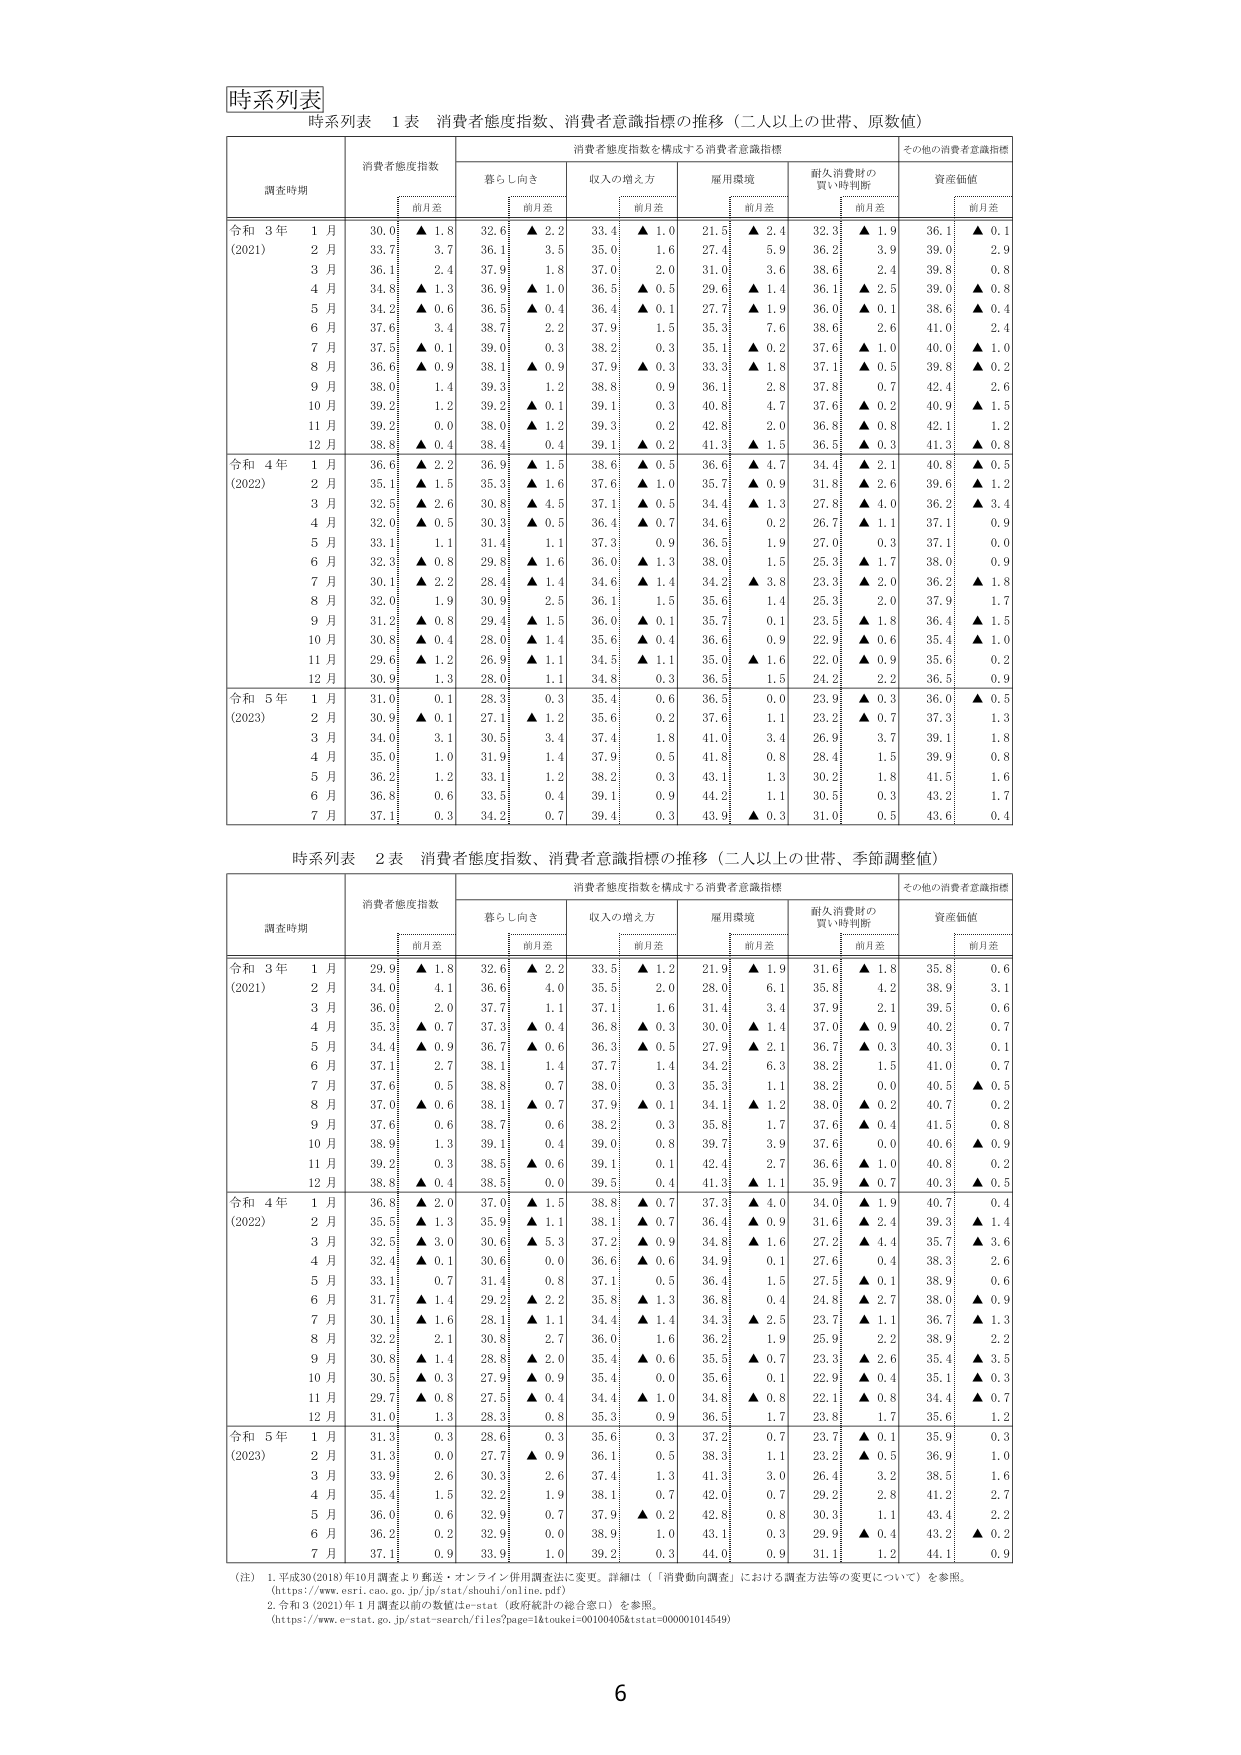
時系列表

時系列表 1 表 消費者態度指数、消費者意識指標の推移（二人以上の世帯、原価値）

調査時期 消費者態度指数 消費者態度指数を構成する消費者意識指標 その他の消費者意識指標